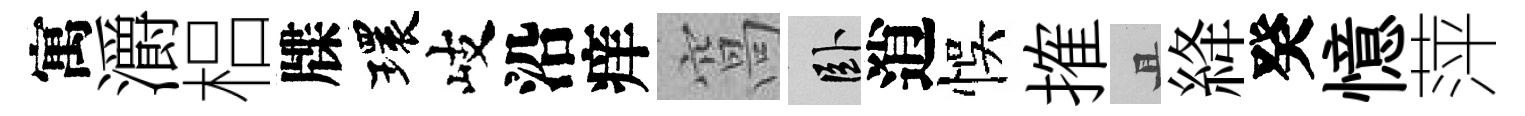
寓灂梠牒環岐沿痒窩卧逍悞搉且絳癸憶萍